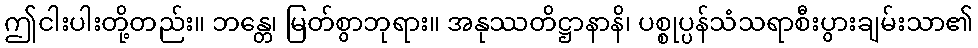
ဤငါးပါးတို့တည်း။ ဘန္တေ၊ မြတ်စွာဘုရား။ အနုဿတိဋ္ဌာနာနိ၊ ပစ္စုပ္ပန်သံသရာစီးပွားချမ်းသာ၏